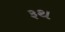
રૂથ